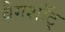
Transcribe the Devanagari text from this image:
बैगशॉट्